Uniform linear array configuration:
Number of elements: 16
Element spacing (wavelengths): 0.5
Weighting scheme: uniform
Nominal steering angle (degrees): -30
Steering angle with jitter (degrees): -31.714
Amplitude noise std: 0.05
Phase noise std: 0.05

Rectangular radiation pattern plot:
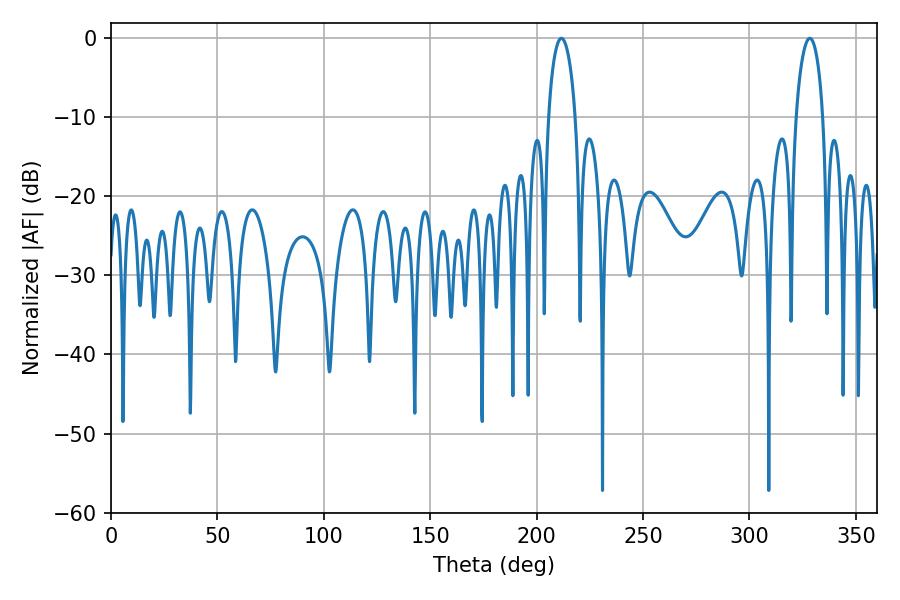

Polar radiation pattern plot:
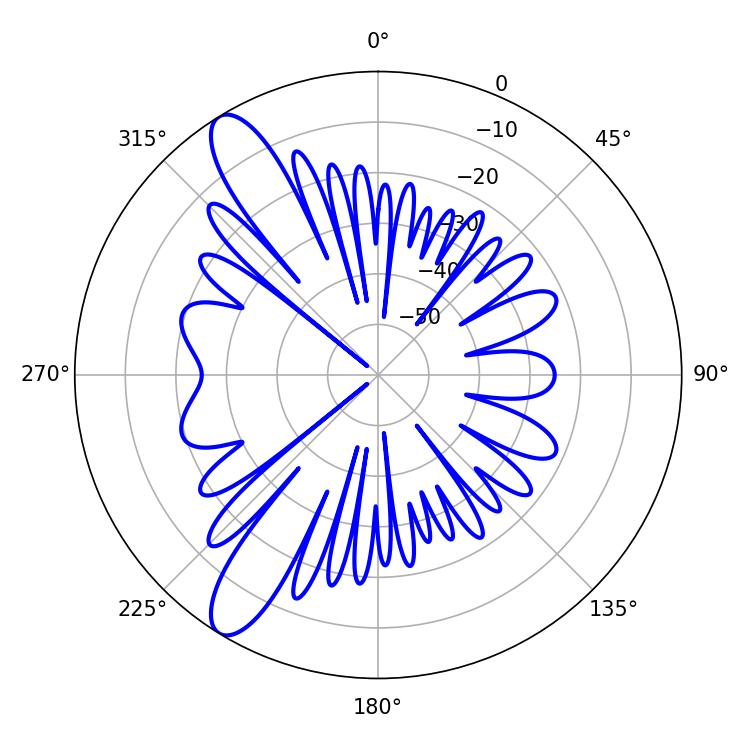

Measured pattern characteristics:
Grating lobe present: FALSE
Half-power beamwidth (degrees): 7.2
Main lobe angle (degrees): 211.68